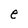
Character: e